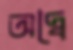
অদ্বৈ